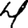
Digit: 4